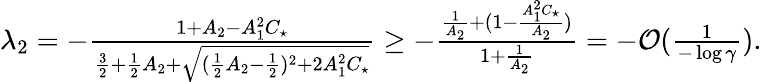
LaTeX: \begin{array}{r}{\lambda_{2}=-\frac{1+A_{2}-A_{1}^{2}C_{\star}}{\frac{3}{2}+\frac{1}{2}A_{2}+\sqrt{(\frac{1}{2}A_{2}-\frac{1}{2})^{2}+2A_{1}^{2}C_{\star}}}\geq-\frac{\frac{1}{A_{2}}+(1-\frac{A_{1}^{2}C_{\star}}{A_{2}})}{1+\frac{1}{A_{2}}}=-\mathcal{O}(\frac{1}{-\log\gamma}).}\end{array}